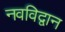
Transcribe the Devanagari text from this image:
नवविद्वान